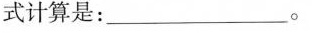
式计算是：______。8cm